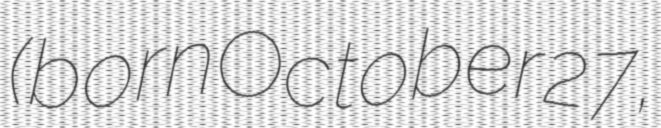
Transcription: (born October 27,